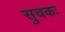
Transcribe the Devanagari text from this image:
सुचकः